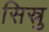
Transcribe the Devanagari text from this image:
सिस्नु